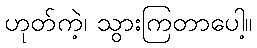
ဟုတ်ကဲ့၊ သွားကြတာပေါ့။